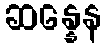
ဆန္နေန